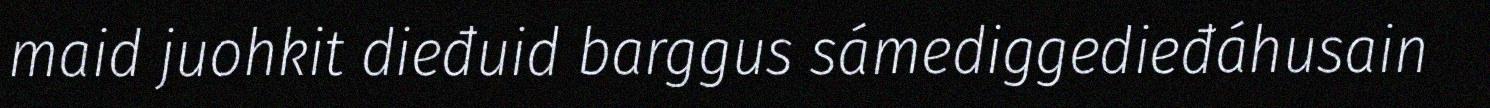
maid juohkit dieđuid barggus sámediggedieđáhusain